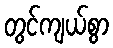
တွင်ကျယ်စွာ